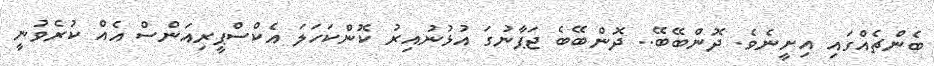
ބެންޗެއްގައި އިށީނެވެ. ދޮންބޭބޭ.. ދޮންބޭބެ ޖަޕާނުގަ އުޅުނުއިރު ކޮންކަހަލަ އެކްސްޕީރިއަންސް އެއް ކުރެވުނީ